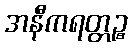
အနီကရတ္တဉ္စ